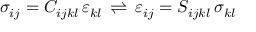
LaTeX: \sigma _ { i j } = C _ { i j k l } \, \varepsilon _ { k l } \, \rightleftharpoons \, \varepsilon _ { i j } = S _ { i j k l } \, \sigma _ { k l }